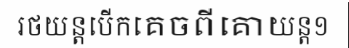
រថយន្តបើកគេចពីគោយន្ត១